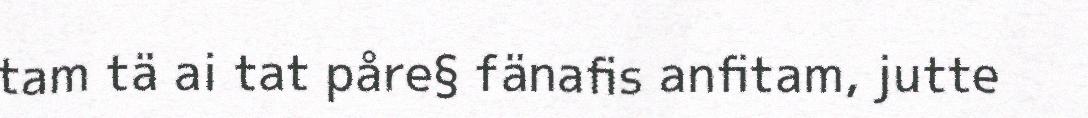
tam tä ai tat påre§ fänafis anfitam, jutte